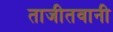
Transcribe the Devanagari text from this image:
ताजीतवानी